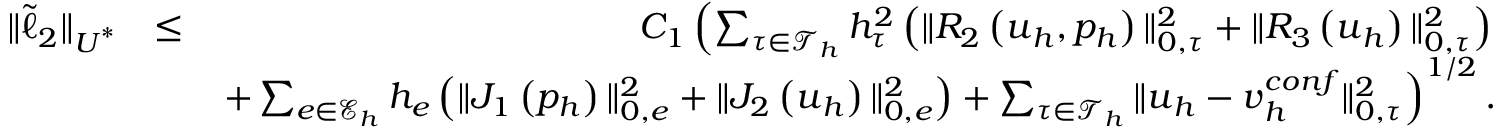
\begin{array} { r l r } { \| \tilde { \ell } _ { 2 } \| _ { \boldsymbol { U } ^ { * } } } & { \leq } & { C _ { 1 } \left( \sum _ { \tau \in \mathcal { T } _ { h } } h _ { \tau } ^ { 2 } \left( \| R _ { 2 } \left( \boldsymbol { u } _ { h } , { p } _ { h } \right) \| _ { 0 , \tau } ^ { 2 } + \| R _ { 3 } \left( \boldsymbol { u } _ { h } \right) \| _ { 0 , \tau } ^ { 2 } \right) \right. } \\ & { } & { \left. + \sum _ { e \in \mathcal { E } _ { h } } h _ { e } \left( \| J _ { 1 } \left( { p } _ { h } \right) \| _ { 0 , e } ^ { 2 } + \| J _ { 2 } \left( \boldsymbol { u } _ { h } \right) \| _ { 0 , e } ^ { 2 } \right) + \sum _ { \tau \in \mathcal { T } _ { h } } \| \boldsymbol { u } _ { h } - \boldsymbol { v } _ { h } ^ { c o n f } \| _ { 0 , \tau } ^ { 2 } \right) ^ { 1 / 2 } . } \end{array}